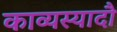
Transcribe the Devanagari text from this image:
काव्यस्यादौ